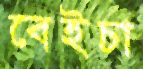
বেইচা